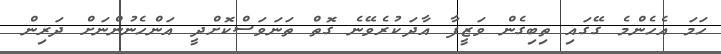
ހަމަ އެހެންމެ ގޭގައި ތިބިގެން ވަޒީފާ އާދަކުރެވޭނެ ގޮތް ތަނަވަސްކޮށްދީ އަންހެނުންނަށް ދަރިން